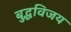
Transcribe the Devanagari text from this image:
बुद्धविजय